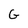
Character: G